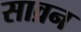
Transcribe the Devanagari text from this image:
साव्रन